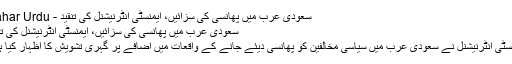
سعودی عرب میں پھانسی کی سزائیں، ایمنسٹی انٹرنیشنل کی تنقید - Sahar Urdu
سعودی عرب میں پھانسی کی سزائیں، ایمنسٹی انٹرنیشنل کی تنقید
ایمنسٹی انٹرنیشنل نے سعودی عرب میں سیاسی مخالفین کو پھانسی دیئے جانے کے واقعات میں اضافے پر گہری تشویش کا اظہار کیا ہے۔